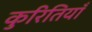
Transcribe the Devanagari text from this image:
कुरितियाँ